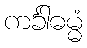
ကင်္ခါဓမ္မံ